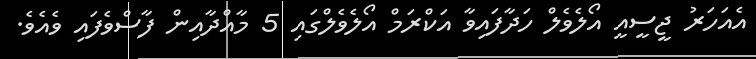
އެއަހަރު ޖީސީއީ އޯލެވެލް ހަދާފައިވާ އަކްރަމް އޯލެވެލްގައި 5 މާއްދާއިން ފާސްވެފައި ވެއެވެ.